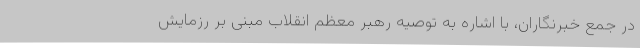
در جمع خبرنگاران، با اشاره به توصیه رهبر معظم انقلاب مبنی بر رزمایش